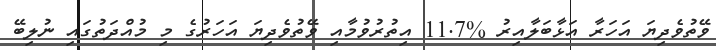
ވޭތުވެދިޔަ އަހަރާ އަޅާބަލާއިރު %11.7 އިތުރުވުމާއި ވޭތުވެދިޔަ އަހަރުގެ މި މުއްދަތުގައި ނުލިބޭ